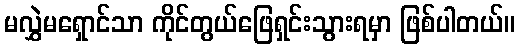
မလွှဲမရှောင်သာ ကိုင်တွယ်ဖြေရှင်းသွားရမှာ ဖြစ်ပါတယ်။